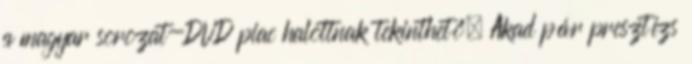
a magyar sorozat-DVD piac halottnak tekinthető. Akad pár presztízs